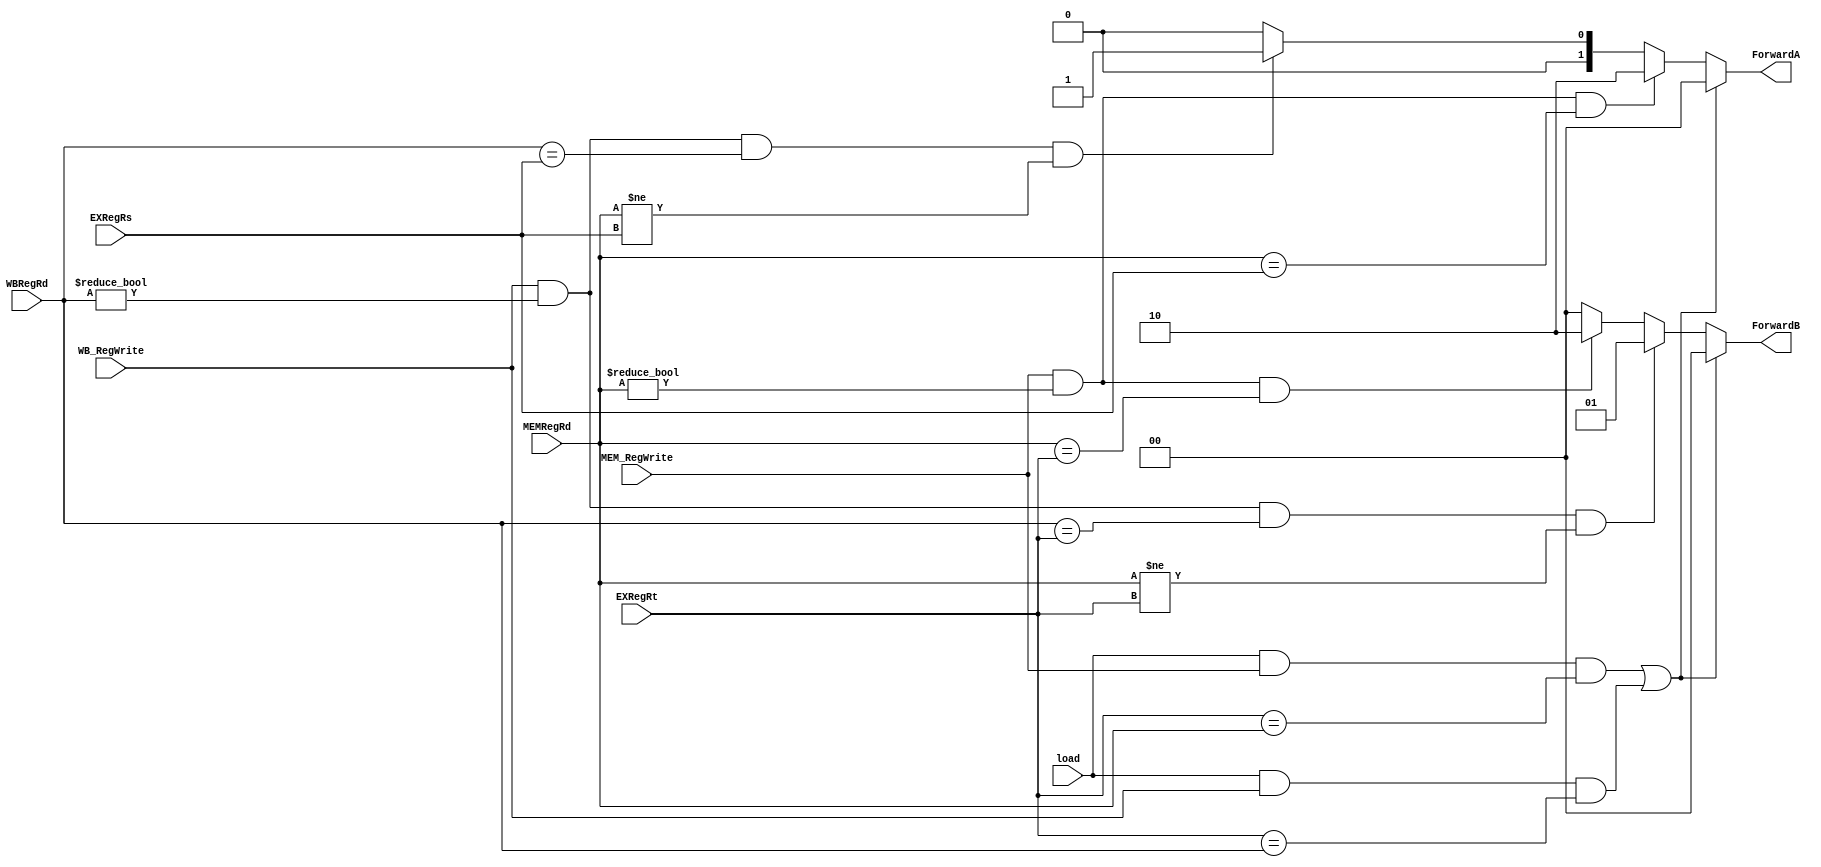
// Code your design here
module ForwardUnit(MEMRegRd, WBRegRd, EXRegRs,EXRegRt,MEM_RegWrite,WB_RegWrite, load, ForwardA, ForwardB);
    input[4:0] MEMRegRd,WBRegRd,EXRegRs,EXRegRt;  
    input MEM_RegWrite,WB_RegWrite, load;
    output[1:0] ForwardA,ForwardB; 
    reg[1:0] ForwardA,ForwardB; 
    //Forward A 
    always@(*) 
    begin 
        if ((load && MEM_RegWrite && EXRegRt == MEMRegRd)
         || (load && WB_RegWrite && EXRegRt == WBRegRd))
            ForwardA <= 2'b00;
        else if ((MEM_RegWrite)&&(MEMRegRd != 0)&&(MEMRegRd== EXRegRs)) 
            ForwardA <= 2'b10; 
        else if ((WB_RegWrite)&&(WBRegRd != 0)&&(WBRegRd == EXRegRs)&&(MEMRegRd != EXRegRs) ) 
            ForwardA <= 2'b01; 
        else 
            ForwardA <= 2'b00; 
    end 
    //Forward B 
    always@(*) 
    begin 
        if ((load && MEM_RegWrite && EXRegRt == MEMRegRd)
         || (load && WB_RegWrite && EXRegRt == WBRegRd))
            ForwardB = 2'b00;
        else if ((WB_RegWrite)&&(WBRegRd != 0)&&(WBRegRd == EXRegRt)&&(MEMRegRd != EXRegRt) ) 
            ForwardB = 2'b01; 
        else if ((MEM_RegWrite)&&(MEMRegRd != 0)&&(MEMRegRd == EXRegRt)) 
            ForwardB = 2'b10; 
        else  
            ForwardB = 2'b00; 
    end 
endmodule